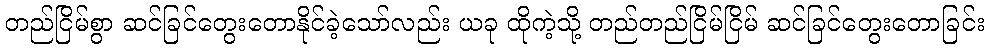
တည်ငြိမ်စွာ ဆင်ခြင်တွေးတောနိုင်ခဲ့သော်လည်း ယခု ထိုကဲ့သို့ တည်တည်ငြိမ်ငြိမ် ဆင်ခြင်တွေးတောခြင်း